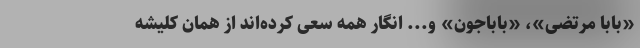
«بابا مرتضی»، «باباجون» و... انگار همه سعی کرده‌اند از همان کلیشه